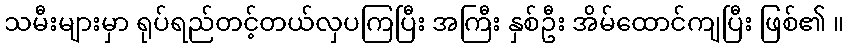
သမီးများမှာ ရုပ်ရည်တင့်တယ်လှပကြပြီး အကြီး နှစ်ဦး အိမ်ထောင်ကျပြီး ဖြစ်၏ ။